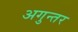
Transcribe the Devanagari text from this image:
अगुन्तर